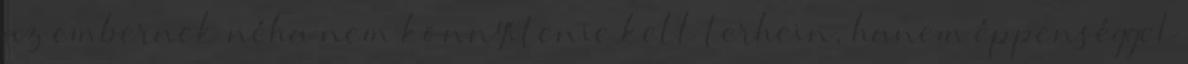
az embernek néha nem könnyítenie kell terhein, hanem éppenséggel